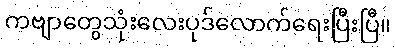
ကဗျာတွေသုံးလေးပုဒ်လောက်ရေးပြီးပြီ။